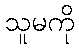
သူမကို